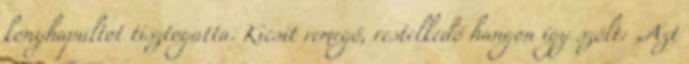
konyhapultot tisztogatta. Kicsit remegő, restelkedő hangon így szólt: „Azt